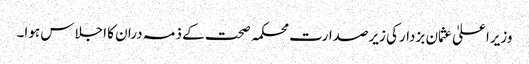
وزیراعلیٰ عثمان بزدارکی زیرصدارت محکمہ صحت کے ذمہ دران کا اجلاس ہوا۔